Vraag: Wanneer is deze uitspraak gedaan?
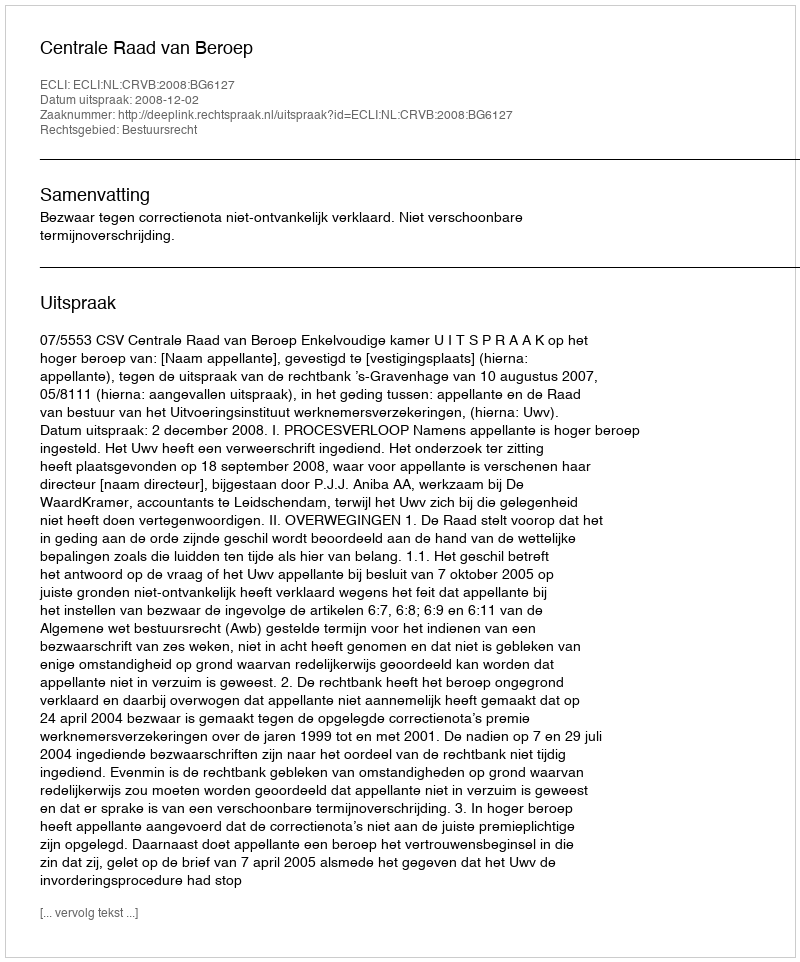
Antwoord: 2008-12-02